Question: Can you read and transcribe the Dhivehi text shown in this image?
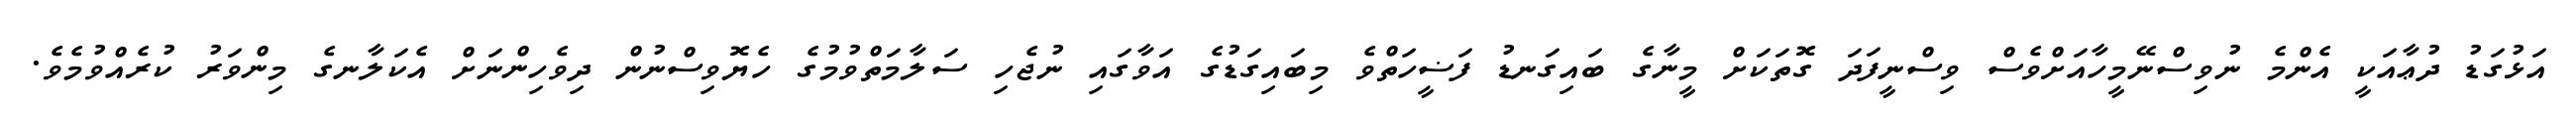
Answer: އަޅުގަޑު ދުޢާއަކީ އެންމެ ނުވިސްނޭމީހާއަށްވެސް ވިސްނީފަދަ ގޮތަކަށް މީނާގެ ބައިގަނޑު ފަޟީހަތްވެ މިބައިގަޑުގެ އަވާގައި ނުޖެހި ސަލާމަތްވުމުގެ ހެޔޮވިސްނުން ދިވެހިންނަށް އެކަލާނގެ މިންވަރު ކުރެއްވުމެވެ.